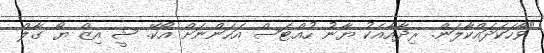
"ވާހަކަދައްކާލަން. ރިދާއާއެކު ޔާނު ހުއްޓަސް އަހަންނަށް އޯކޭ. ޝީ އިޒް ޔޯ ގާލް